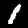
Label: 1